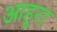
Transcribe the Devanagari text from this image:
आहूरा